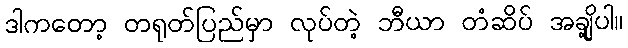
ဒါကတော့ တရုတ်ပြည်မှာ လုပ်တဲ့ ဘီယာ တံဆိပ် အချို့ပါ။